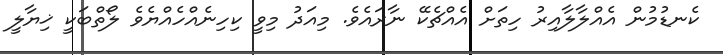
ކެނޑުމުން އެއްލާލާއިރު ހިތަށް އެއްޗެކޭ ނާރައެވެ. މިއަދު މިވީ ކިހިނެއްހެއްޔެވެ ލޯތްބަކީ ޚިޔާލީ